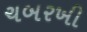
ચબરખી